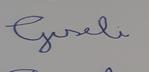
Signature authenticity: forged